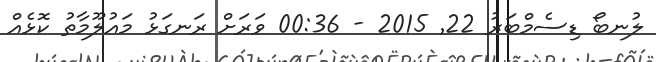
ލުނބޯ ޑިސެމްބަރު 22